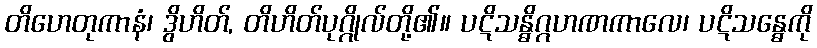
တိဟေတုကာနံ၊ ဒွိဟိတ်, တိဟိတ်ပုဂ္ဂိုလ်တို့၏။ ပဋိသန္ဓိဂ္ဂဟဏကာလေ၊ ပဋိသန္ဓေကို